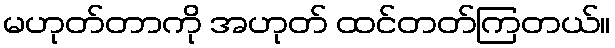
မဟုတ်တာကို အဟုတ် ထင်တတ်ကြတယ်။